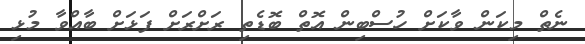
ނެތް މިކަން ވާކަށް ހުސްބިން އޮތް ބޮޑެތި ރަށްރަށް ފަޅަށް ބާއްވާ މުޅި